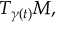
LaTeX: T _ { \gamma ( t ) } M ,